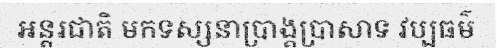
អន្តរជាតិ មកទស្សនាប្រាង្គប្រាសាទ វប្បធម៌